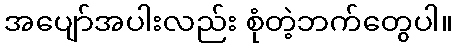
အပျော်အပါးလည်း စုံတဲ့ဘက်တွေပါ။